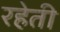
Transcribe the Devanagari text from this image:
रहेती